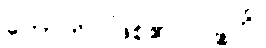
ဟောတိ၊ ဖြစ်၏။ ပဉ္စဟိ၊